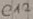
Text: C12